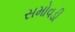
સમોવડી